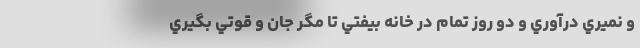
و نميري درآوري و دو روز تمام در خانه بيفتي تا مگر جان و قوتي بگيري